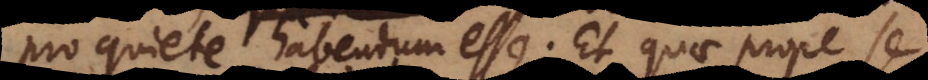
pro quiete habendum esse. Et quae prope se